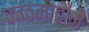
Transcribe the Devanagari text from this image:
काठमाडौंमै